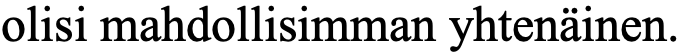
olisi mahdollisimman yhtenäinen.